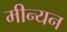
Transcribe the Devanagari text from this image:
मीन्यन